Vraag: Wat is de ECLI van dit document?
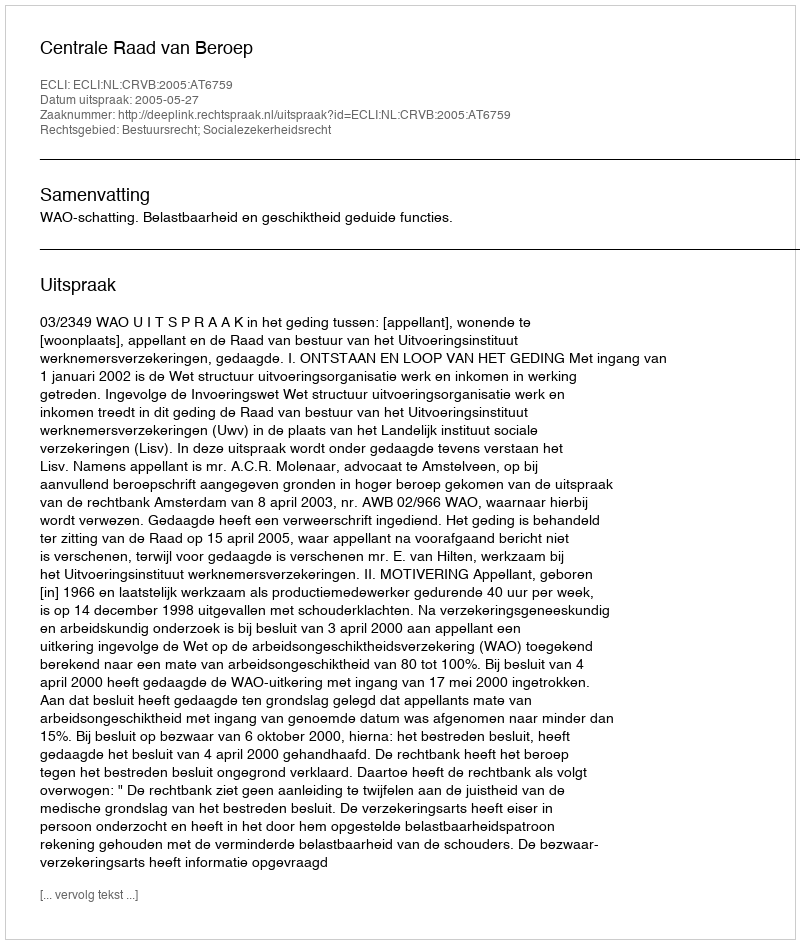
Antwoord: ECLI:NL:CRVB:2005:AT6759